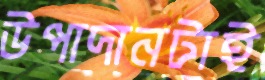
উপাদানটাই